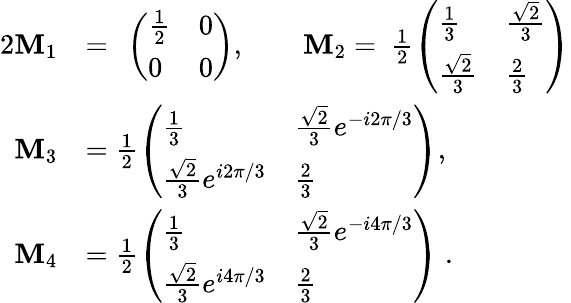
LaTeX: \begin{array}{rl}{{2}\mathbf{M}_{1}}&{=~\left(\begin{array}{ll}{\frac 12}&{0}\\ {0}&{0}\end{array}\right),\quad\quad\mathbf{M}_{2}=~\frac 12\left(\begin{array}{ll}{\frac 13}&{\frac{\sqrt 2}{3}}\\ {\frac{\sqrt 2}{3}}&{\frac 23}\end{array}\right)}\\ {\mathbf{M}_{3}}&{=\frac 12\left(\begin{array}{ll}{\frac 13}&{\frac{\sqrt 2}{3}e^{-i2\pi/3}}\\ {\frac{\sqrt 2}{3}e^{i2\pi/3}}&{\frac 23}\end{array}\right),}\\ {\mathbf{M}_{4}}&{=\frac 12\left(\begin{array}{ll}{\frac 13}&{\frac{\sqrt 2}{3}e^{-i4\pi/3}}\\ {\frac{\sqrt 2}{3}e^{i4\pi/3}}&{\frac 23}\end{array}\right)~.}\end{array}